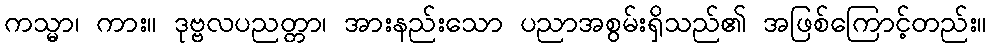
ကသ္မာ၊ ကား။ ဒုဗ္ဗလပညတ္တာ၊ အားနည်းသော ပညာအစွမ်းရှိသည်၏ အဖြစ်ကြောင့်တည်း။